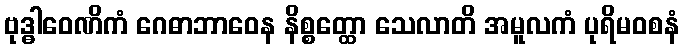
ဗုဒ္ဓါဝေဏိကံ ဂေဓာဘာဝေန နိစ္စတ္ထော သေလာတိ အမူလကံ ပုရိမဝစနံ